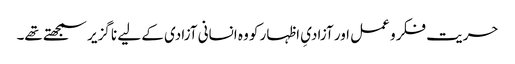
حریت فکر و عمل اور آزادیِ اظہار کو وہ انسانی آزادی کے لیے نا گزیر سمجھتے تھے۔